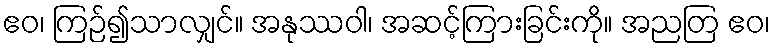
ဧဝ၊ ကြဉ်၍သာလျှင်။ အနုဿဝါ၊ အဆင့်ကြားခြင်းကို။ အညတြ ဧဝ၊